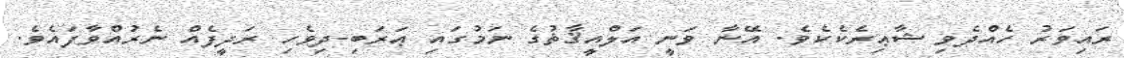
ރައިވަރު ހެއްދެވި ޝާޢިރެކެކެވެ. އޭނާ ވަނީ އަލްއީޤާޡުގެ ނަމުގައި ޢަރަބި-ދިވެހި ރަދީފެއް ނެރުއްވާފައެވެ.